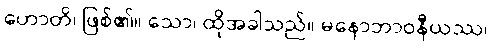
ဟောတိ၊ ဖြစ်၏။ သော၊ ထိုအခါသည်။ မနောဘာဝနီယဿ၊